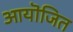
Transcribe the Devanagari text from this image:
आयॊजित